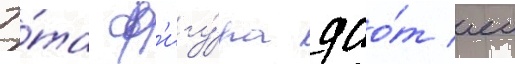
Э́та ф'игу́ра дао́т еи